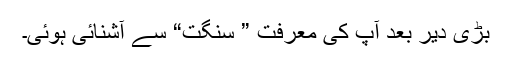
بڑی دیر بعد آپ کی معرفت ” سنگت“ سے آشنائی ہوئی۔